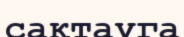
сақтауга